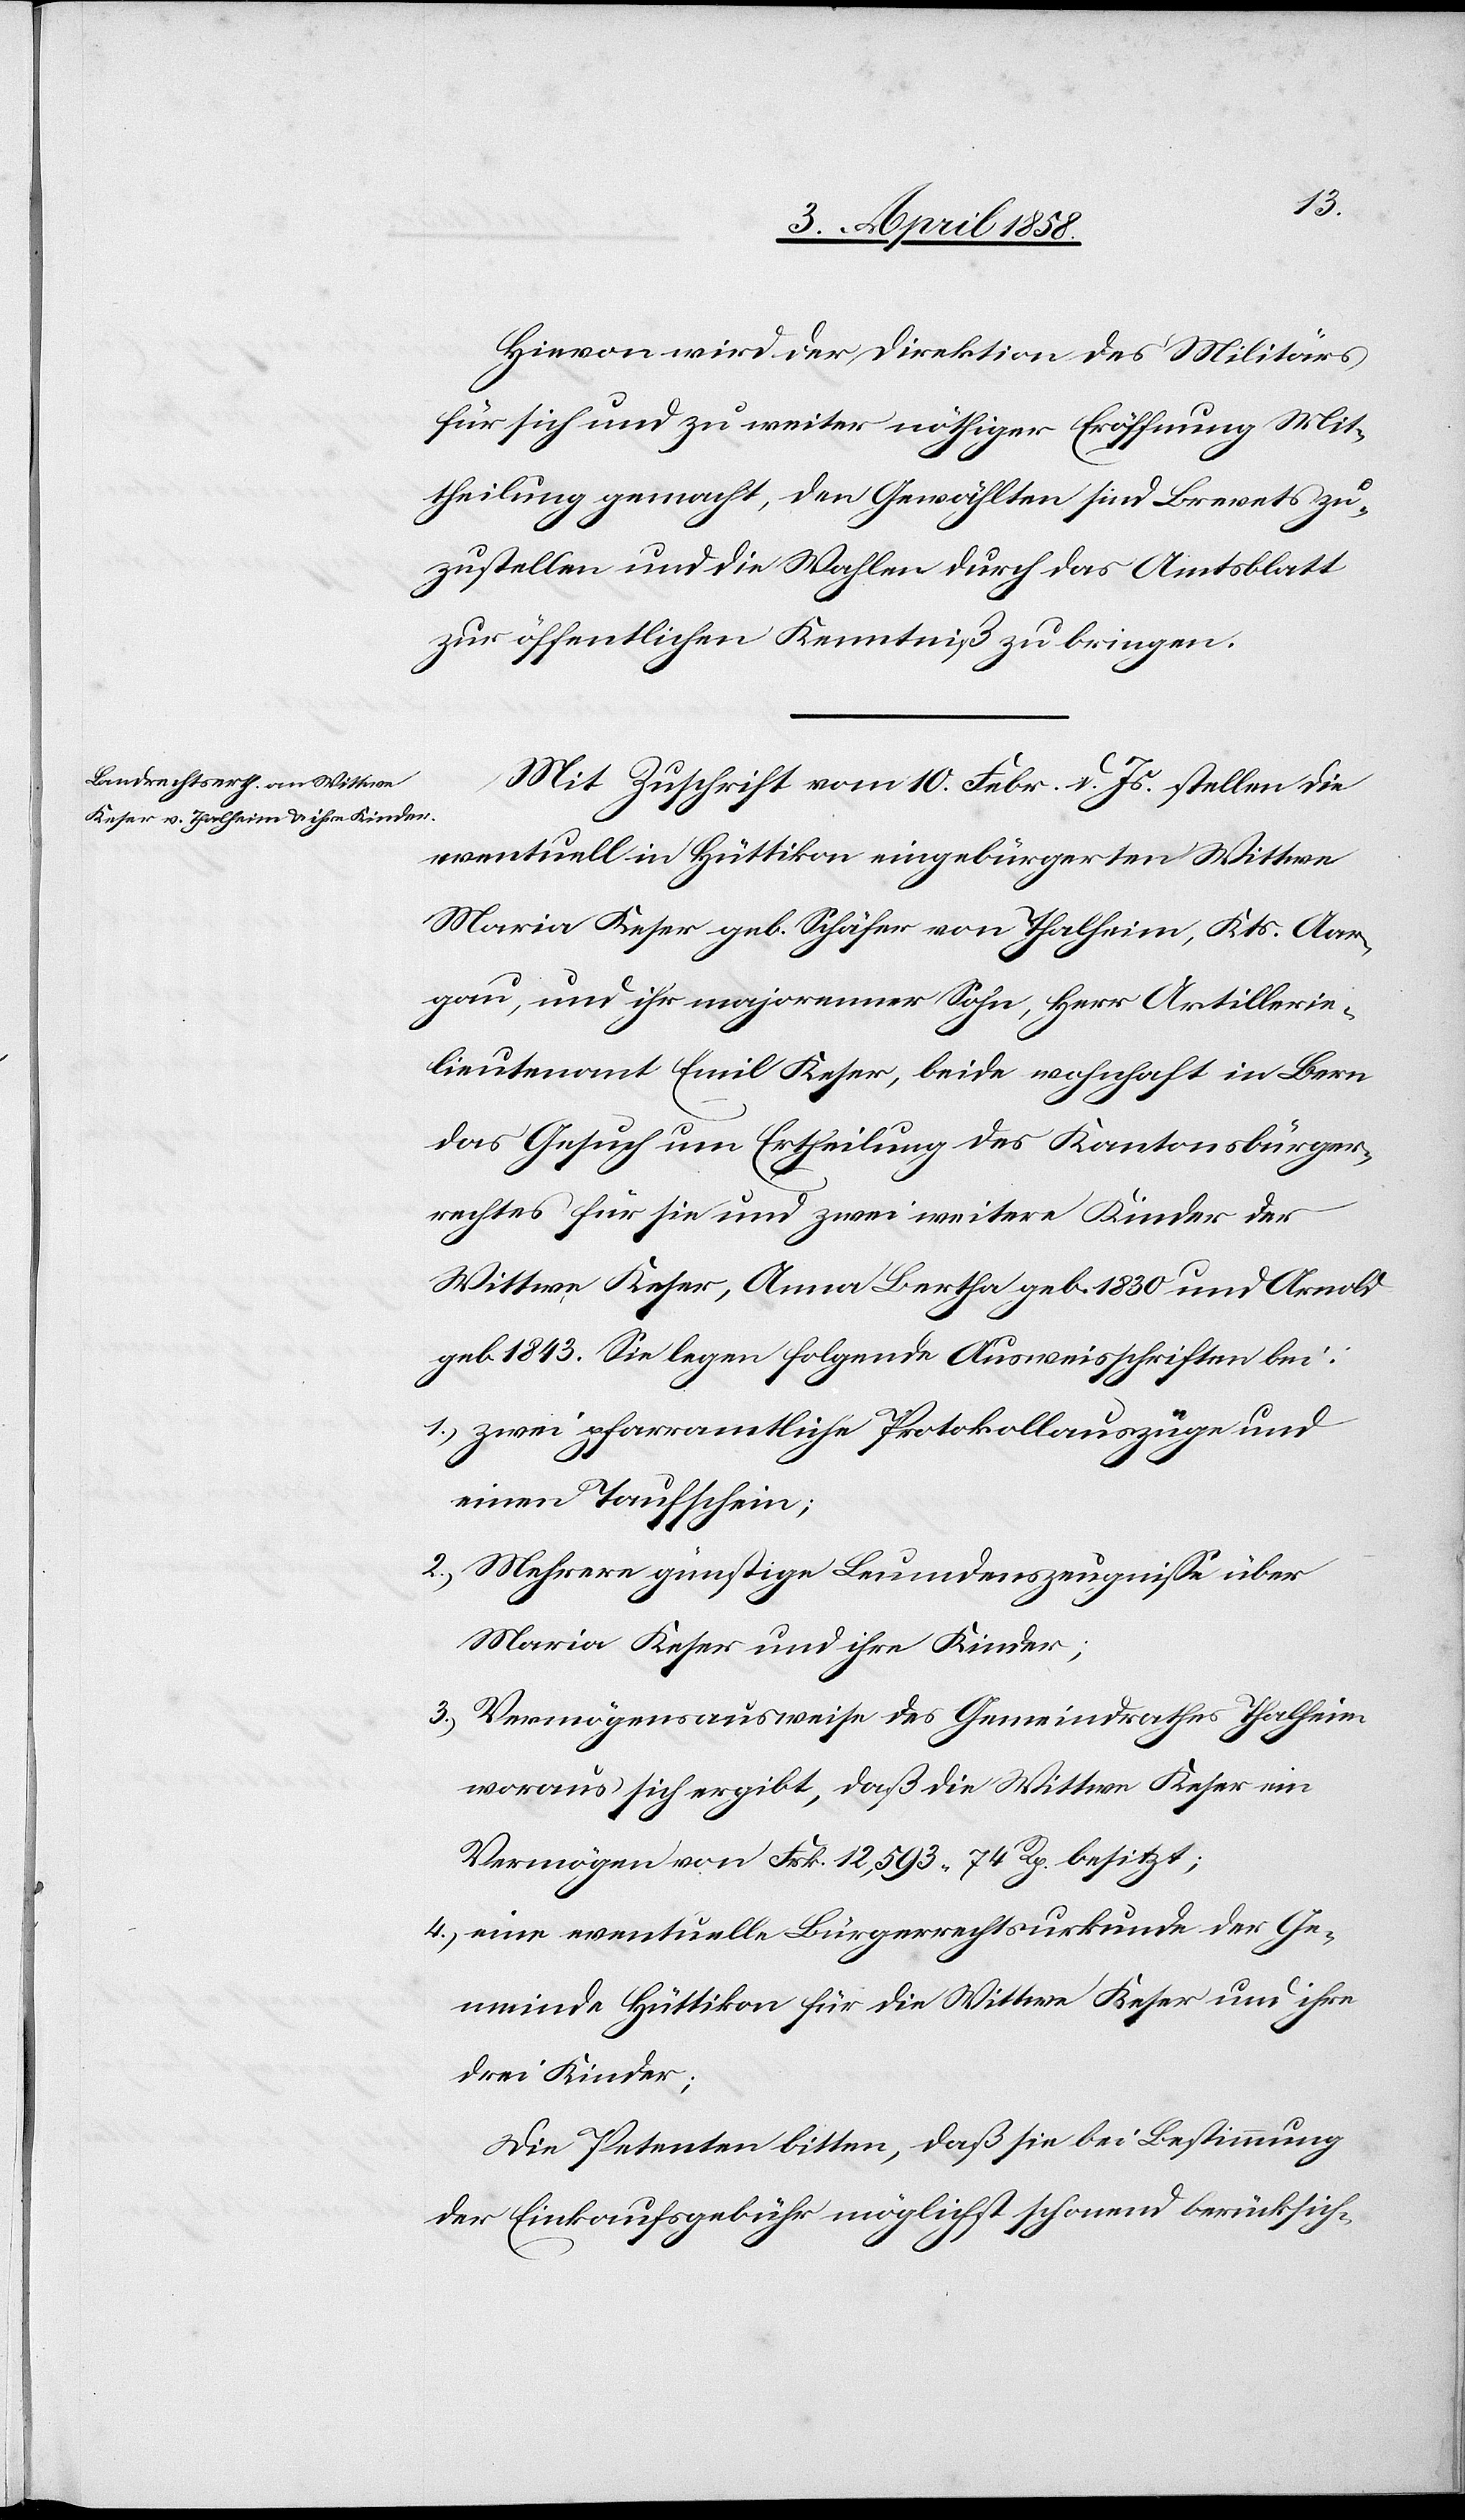
Hievon wird der Direktion des Militärs
für sich und zu weiter nöthiger Eröffnung Mit¬
theilung gemacht, den Gewählten sind Brevets zu¬
zustellen und die Wahlen durch das Amtsblatt
zur öffentlichen Kenntniß zu bringen.
Mit Zuschrift vom 10. Febr. d. Js. stellen die
eventuell in Hüttikon eingebürgerten Wittwe
Maria Keser geb. Schäfer von Thalheim, Kts. Aar¬
gau, und ihr majorenner Sohn, Herr Artillerie¬
lieutenant Emil Keser, beide wohnhaft in Bern
das Gesuch um Ertheilung des Kantonsbürger¬
rechtes für sie und zwei weitere Kinder der
Wittwe Keser, Anna Bertha geb. 1830 und Arnold
geb. 1843. Sie legen folgende Ausweisschriften bei:
1) zwei pfarramtliche Protokollauszüge und
einen Taufschein;
2) Mehrere günstige Leumundszeugnisse über
Maria Keser und ihre Kinder;
3) Vermögensausweise des Gemeindrathes Thalheim
woraus sich ergibt, daß die Wittwe Keser ein
Vermögen von Frk. 12,593 74 Rp. besitzt;
4) eine eventuelle Bürgerrechtsurkunde der Ge¬
meinde Hüttikon für die Wittwe Keser und ihre
drei Kinder;
Die Petenten bitten, daß sie die Bestimmung
der Einkaufsgebühr möglichst schonend berücksich-